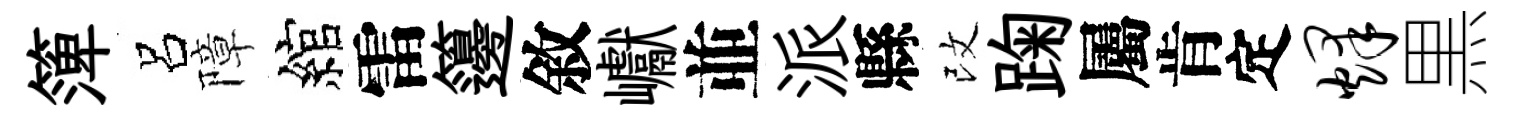
𥱼呂障綰雷籩敘巘並派縣改踘屬肯定烽黒